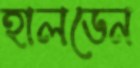
হালডেন